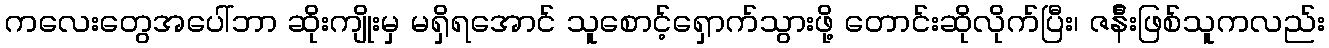
ကလေးတွေအပေါ်ဘာ ဆိုးကျိုးမှ မရှိရအောင် သူစောင့်ရှောက်သွားဖို့ တောင်းဆိုလိုက်ပြီး၊ ဇန်ီးဖြစ်သူကလည်း